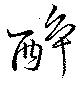
酔